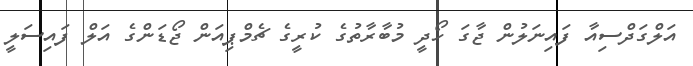
އަލްގަދްސިއާ ފައިނަލުން ޖާގަ ހޯދީ މުބާރާތުގެ ކުރީގެ ޗެމްޕިއަން ޖޯޑަންގެ އަލް ފައިސަލީ